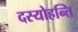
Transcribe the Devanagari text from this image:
दस्योहन्ति